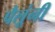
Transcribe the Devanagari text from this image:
पैलूंनी